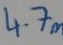
Text: 4.7m